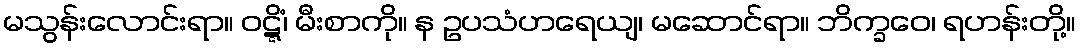
မသွန်းလောင်းရာ။ ဝဋ္ဋိံ၊ မီးစာကို။ န ဥပသံဟရေယျ၊ မဆောင်ရာ။ ဘိက္ခဝေ၊ ရဟန်းတို့။